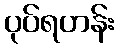
ပုပ်ရဟန်း